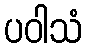
ပဝါသံ